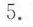
5.